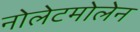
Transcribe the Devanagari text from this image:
नोलेटमोलेन